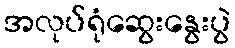
အလုပ်ရုံဆွေးနွေးပွဲ